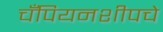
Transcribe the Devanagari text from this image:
चँपियनशीपचे